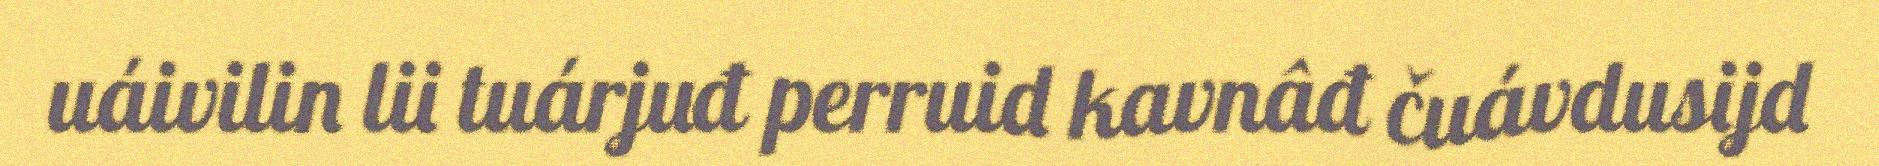
uáivilin lii tuárjuđ perruid kavnâđ čuávdusijd